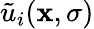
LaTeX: \tilde{u}_{i}({\mathbf x},\sigma)